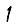
Digit: 1